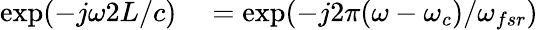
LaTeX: \begin{array}{rl}{\exp(-j\omega 2L/c)}&{{}=\exp(-j2\pi(\omega-\omega_{c})/\omega_{fsr})}\end{array}